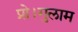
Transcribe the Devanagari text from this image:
प्रो।गुलाम